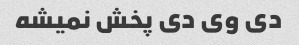
دی وی دی پخش نمیشه